Annual report on the Civil Veterinary Department, Burma (including the Insein Veterinary School) - 1923-1931
Year: 1923
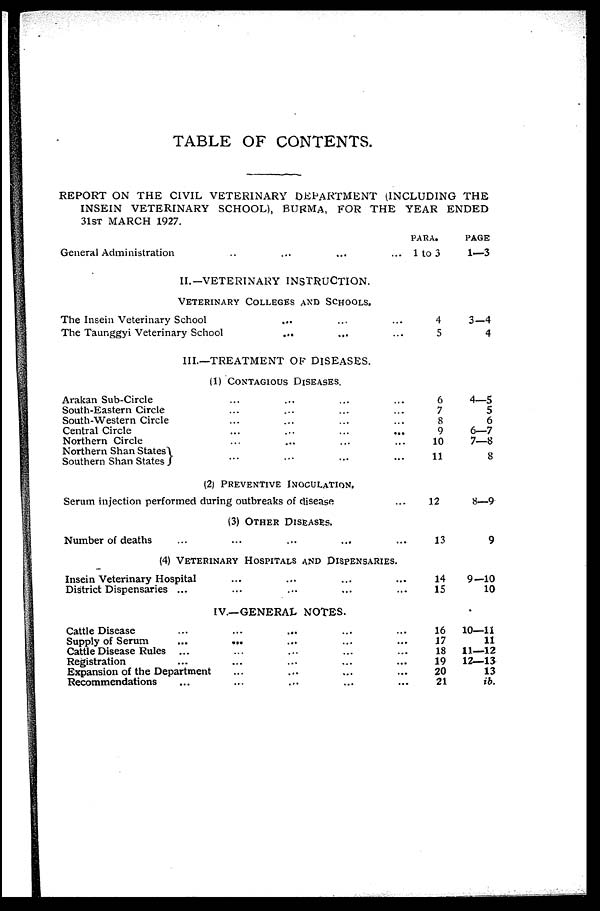
TABLE OF CONTENTS.
REPORT ON THE CIVIL VETERINARY DEPARTMENT (INCLUDING THE
INSEIN VETERINARY SCHOOL), BURMA, FOR THE YEAR ENDED
31ST MARCH 1927.
General Administration ... ... ... ...
II.—VETERINARY INSTRUCTION.
VETERINARY COLLEGES AND SCHOOLS.
The Insein Veterinary School ... ... ...
The Taunggyi Veterinary School
... ... ...
III.—TREATMENT OF DISEASES.
(1) CONTAGIOUS DISEASES.
Arakan Sub-Circle ... ... ... ...
South-Eastern Circle ... ... ... ...
South-Western Circle ... ... ... ...
Central Circle ... ... ... ...
Northern Circle ... ... ... ...
Northern Shan States
Southern Shan States ... ... ... ...
(2) PREVENTIVE INOCULATION.
Serum injection performed during outbreaks of disease ...
(3) OTHER DISEASES.
Number of deaths ... ... ... ... ...
(4) VETERINARY HOSPITALS AND DISPENSARIES.
Insein Veterinary Hospital ... ... ... ...
District Dispensaries ... ... ... ... ...
IV.—GENERAL NOTES.
Cattle Disease ... ... ... ... ...
Supply of Serum
...
... ... ... ...
Cattle Disease Rules ... ... ... ... ...
Registration ... ... ... ... ...
Expansion of the Department ... ... ... ...
Recommendations ... ... ... ... ...
PARA.
1 to 3
4
5
6
7
8
9
10
11
12
13
14
15
16
17
18
19
20
21
PAGE
1—3
3—4
4
4—5
5
6
6—7
7—8
8
8—9
9
9—10
10
10—11
11
11—12
12—13
13
ib.